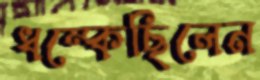
ধম্‌কেছিলেন